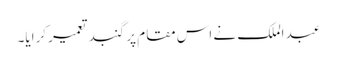
عبد الملک نے اس مقام پر گنبد تعمیر کرایا۔